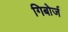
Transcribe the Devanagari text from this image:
गिबोर्ज